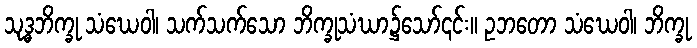
သုဒ္ဓဘိက္ခု သံဃေဝါ၊ သက်သက်သော ဘိက္ခုသံဃာ၌သော်၎င်း။ ဥဘတော သံဃေဝါ၊ ဘိက္ခု